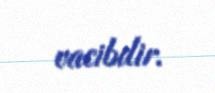
vacibdir.